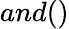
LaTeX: and()